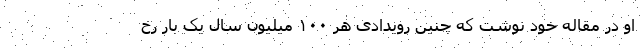
او در مقاله خود نوشت که چنین رویدادی هر ۱۰۰ میلیون سال یک بار رخ